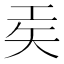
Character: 𫶬